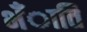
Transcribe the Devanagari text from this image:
भँाति